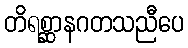
တိရစ္ဆာနဂတသညီပေ